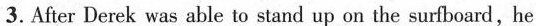
3.After Derek was ahle to stand up on the surboard，he